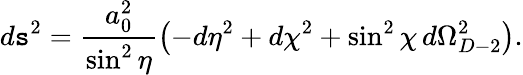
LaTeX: d\mathtt{s}^{2}=\frac{{a_{0}^{2}}}{{\sin^{2}\eta}}\left(-d\eta^{2}+d\chi^{2}+\sin^{2}\chi\, d\Omega_{D-2}^{2}\right).